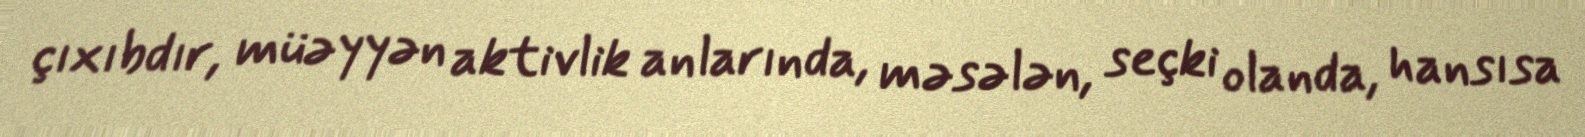
çıxıbdır, müəyyən aktivlik anlarında, məsələn, seçki olanda, hansısa